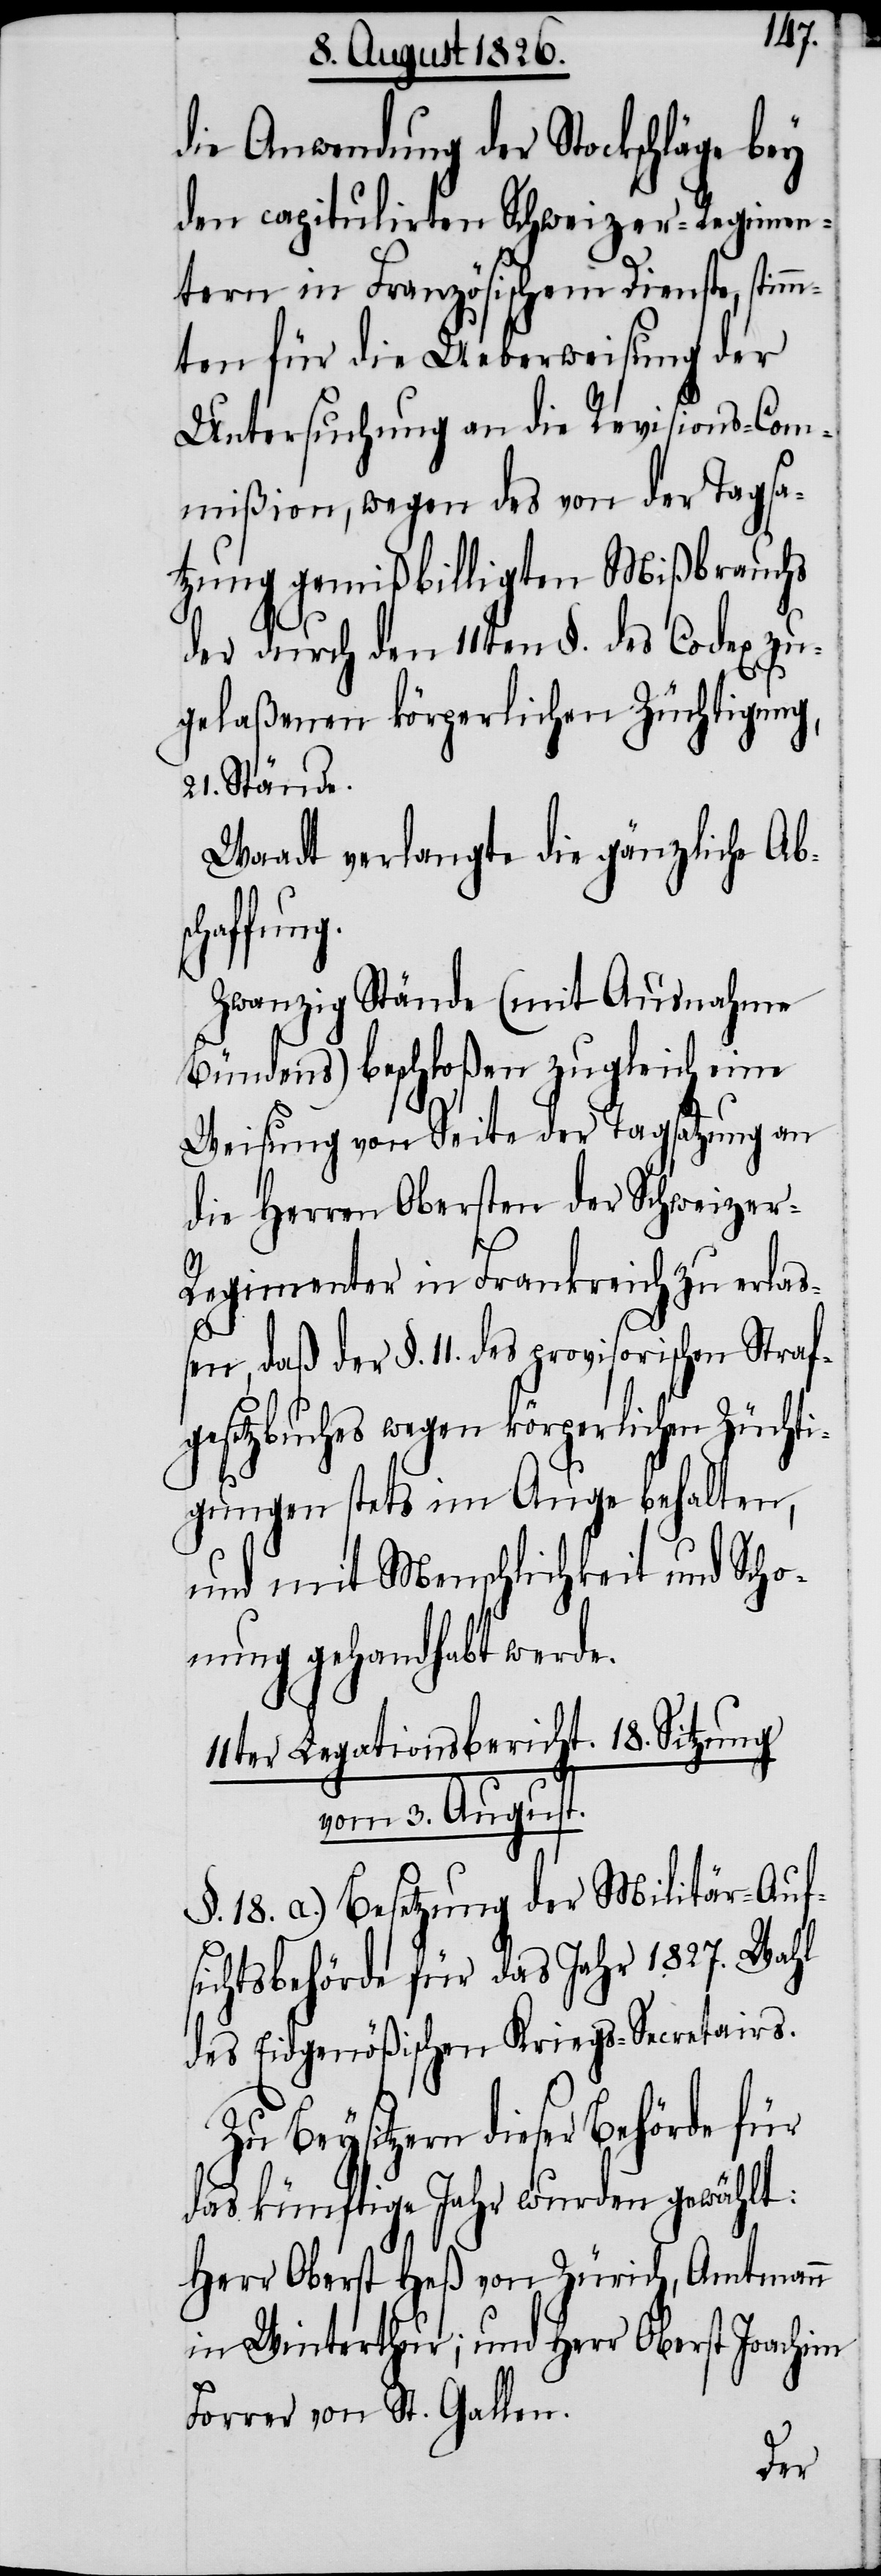
die Anwendung der Stockschläge bey
den capitulirten Schweizer-Regimen¬
tern in Französischem Dienste, stimm¬
ten für die Ueberweisung der
Untersuchung an die Revisions-Com¬
mißion, wegen des von der Tagsa¬
tzung gemißbilligten Mißbrauchs
der durch den 11ten §. des Codex zu¬
gelaßenen körperlichen Züchtigung,
21. Stände.
Waadt verlangte die gänzliche Ab¬
haffung.
Zwanzig Stände (Mit Ausnahme
Bündens) beschloßen zugleich eine
Weisung von Seite der Tagsatzung an
die Herren Obersten der Schweize¬
r-Regimenter in Frankreich zu erla¬
ßen, daß der §. 11. des provisorischen Straf¬
gesetzbuches wegen körperlichen Züchti¬
gungen stets im Auge behalten,
und mit Menschlichkeit und Scho¬
nung gehandhabt werde.
11ter Legationsbericht. 18. Sitzung
vom 3. August.
§. 18. a.) Besetzung der Militär-Auf¬
sichtsbehörde für das Jahr 1827. Wahl
des Eidgenößischen Kriegs-Secretairs.
Zu Beysitzern dieser Behörde für
das künftige Jahr wurden gewählt:
Herr Oberst Heß von Zürich, Amtmann
in Winterthur; und Herr Oberst Joachim
Forrer von St. Gallen.
sc¬